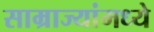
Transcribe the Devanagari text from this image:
साम्राज्यांमध्ये